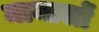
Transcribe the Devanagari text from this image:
मामालों